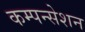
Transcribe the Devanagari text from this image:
कम्पन्सेशन